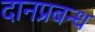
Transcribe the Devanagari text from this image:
दानप्रबन्ध